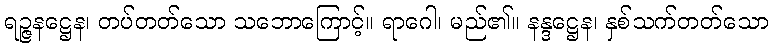
ရဉ္ဇနဋ္ဌေန၊ တပ်တတ်သော သဘောကြောင့်။ ရာဂေါ၊ မည်၏။ နန္ဒဋ္ဌေန၊ နှစ်သက်တတ်သော